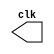
// This program was cloned from: https://github.com/sinkswim/veriloglib
// License: MIT License

module clock_generator
#(parameter integer CLK_PERIOD = 20)
(output reg clk);

initial clk = 1'b0;

always #(CLK_PERIOD/2) clk = ~clk;

endmodule